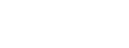
ဗြာဟ္မဏဝဂ္ဂေ